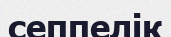
сеппелік